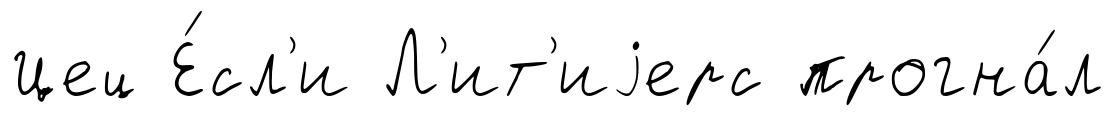
Цец Е́сл'и Л'ит'иjерс прогна́л